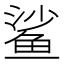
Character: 鲨